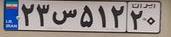
۲۳س۵۱۲۲۰